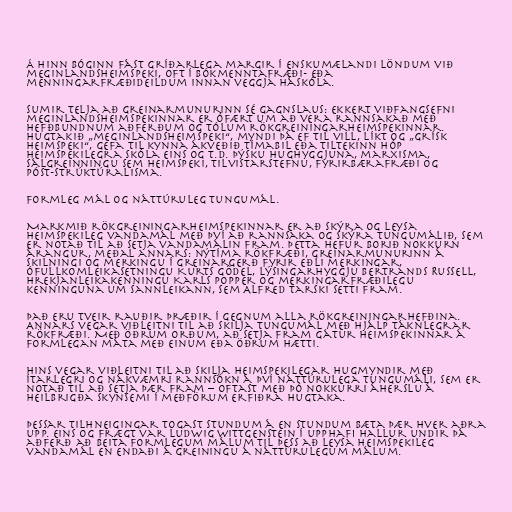
Á hinn bóginn fást gríðarlega margir í enskumælandi löndum við
meginlandsheimspeki, oft í bókmenntafræði- eða
menningarfræðideildum innan veggja háskóla.

Sumir telja að greinarmunurinn sé gagnslaus: Ekkert viðfangsefni
meginlandsheimspekinnar er ófært um að vera rannsakað með
hefðbundnum aðferðum og tólum rökgreiningarheimspekinnar.
Hugtakið „meginlandsheimspeki“, myndi þá ef til vill, líkt og „Grísk
heimspeki“, gefa til kynna ákveðið tímabil eða tiltekinn hóp
heimspekilegra skóla eins og t.d. þýsku hughyggjuna, marxisma,
sálgreinningu sem heimspeki, tilvistarstefnu, fyrirbærafræði og
póst-strúktúralisma.

Formleg mál og náttúruleg tungumál.

Markmið rökgreiningarheimspekinnar er að skýra og leysa
heimspekileg vandamál með því að rannsaka og skýra tungumálið, sem
er notað til að setja vandamálin fram. Þetta hefur borið nokkurn
árangur, meðal annars: nýtíma rökfræði, greinarmunurinn á
skilningi og merkingu í greinargerð fyrir eðli merkingar,
ófullkomleikasetningu Kurts Gödel, lýsingarhyggju Bertrands Russell,
hrekjanleikakenningu Karls Popper og merkingarfræðilegu
kenninguna um sannleikann, sem Alfred Tarski setti fram.

Það eru tveir rauðir þræðir í gegnum alla rökgreiningarhefðina.
Annars vegar viðleitni til að skilja tungumál með hjálp táknlegrar
rökfræði. Með öðrum orðum, að setja fram gátur heimspekinnar á
formlegan máta með einum eða öðrum hætti.

Hins vegar viðleitni til að skilja heimspekilegar hugmyndir með
ítarlegri og nákvæmri rannsókn á því náttúrulega tungumáli, sem er
notað til að setja þær fram – oftast með þó nokkurri áherslu á
heilbrigða skynsemi í meðförum erfiðra hugtaka.

Þessar tilhneigingar togast stundum á en stundum bæta þær hver aðra
upp. Eins og frægt var Ludwig Wittgenstein í upphafi hallur undir þá
aðferð að beita formlegum málum til þess að leysa heimspekileg
vandamál en endaði á greiningu á náttúrulegum málum.